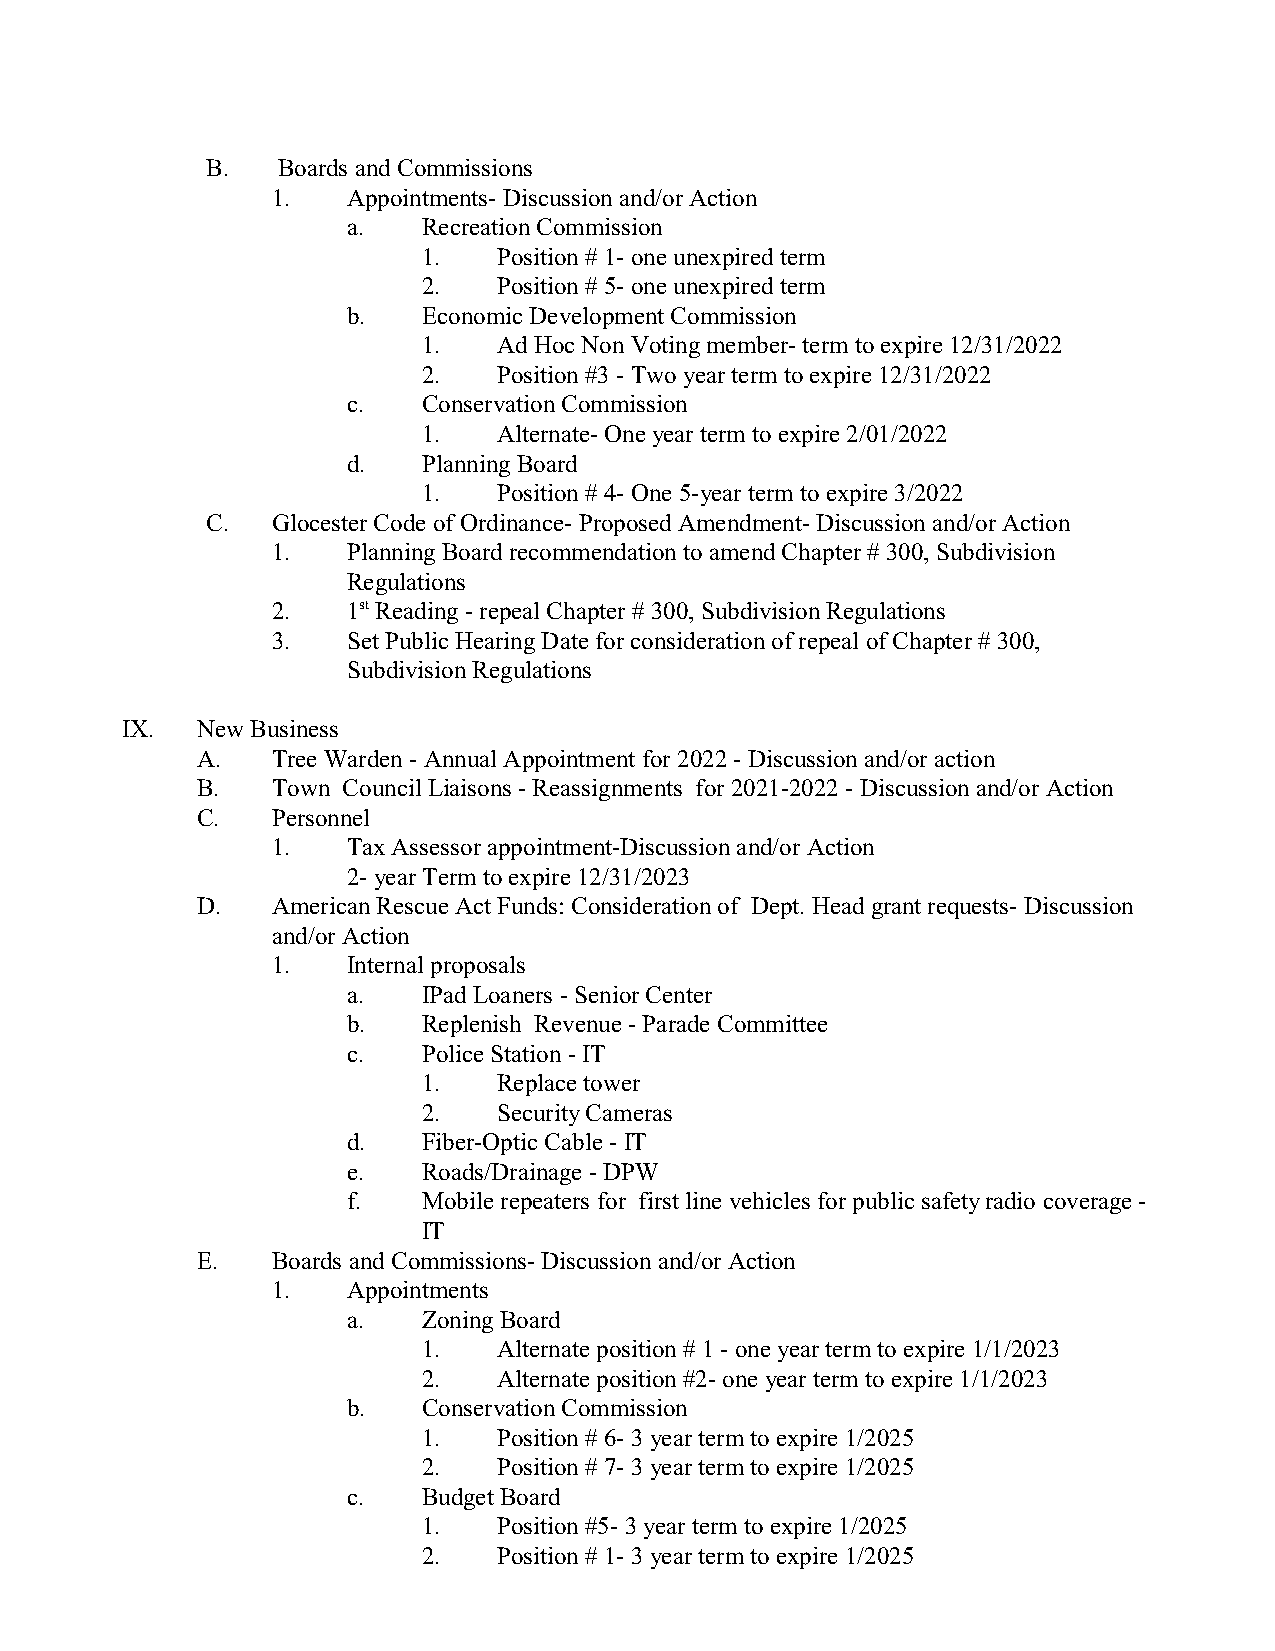
B.  Boards and Commissions
 1.   Appointments- Discussion and/or Action
 a.   Recreation Commission
 1.   Position # 1- one unexpired term
 2.   Position # 5- one unexpired term
 b.   Economic Development Commission
 1.   Ad Hoc Non Voting member- term to expire 12/31/2022
 2.   Position #3 - Two year term to expire 12/31/2022
 c.   Conservation Commission
 1.   Alternate- One year term to expire 2/01/2022
 d.   Planning Board
 1.   Position # 4- One 5-year term to expire 3/2022
 C.  Glocester Code of Ordinance- Proposed Amendment- Discussion and/or Action
 1.   Planning Board recommendation to amend Chapter # 300, Subdivision
 Regulations
 2.   1st Reading - repeal Chapter # 300, Subdivision Regulations
 3.   Set Public Hearing Date for consideration of repeal of Chapter # 300,
 Subdivision Regulations
 IX.  New Business
 A.   Tree Warden - Annual Appointment for 2022 - Discussion and/or action
 B.   Town Council Liaisons - Reassignments for 2021-2022 - Discussion and/or Action
 C.   Personnel
 1.   Tax Assessor appointment-Discussion and/or Action
 2- year Term to expire 12/31/2023
 D.   American Rescue Act Funds: Consideration of Dept. Head grant requests- Discussion
 and/or Action
 1.   Internal proposals
 a.   IPad Loaners - Senior Center
 b.   Replenish Revenue - Parade Committee
 c.   Police Station - IT
 1.   Replace tower
 2.   Security Cameras
 d.   Fiber-Optic Cable - IT
 e.   Roads/Drainage - DPW
 f.   Mobile repeaters for first line vehicles for public safety radio coverage -
 IT
 E.   Boards and Commissions- Discussion and/or Action
 1.   Appointments
 a.   Zoning Board
 1.   Alternate position # 1 - one year term to expire 1/1/2023
 2.   Alternate position #2- one year term to expire 1/1/2023
 b.   Conservation Commission
 1.   Position # 6- 3 year term to expire 1/2025
 2.   Position # 7- 3 year term to expire 1/2025
 c.   Budget Board
 1.   Position #5- 3 year term to expire 1/2025
 2.   Position # 1- 3 year term to expire 1/2025